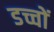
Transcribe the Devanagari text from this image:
डच्चों